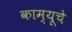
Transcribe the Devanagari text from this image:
काम्यूचे